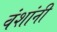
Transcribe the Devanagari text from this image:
वंशांनी